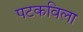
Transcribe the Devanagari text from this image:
पटकविला